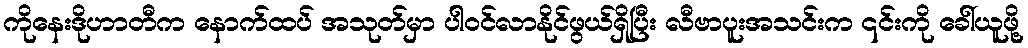
ကိုနေးဒိုဟာတီက နောက်ထပ် အသုတ်မှာ ပါဝင်လာနိုင်ဖွယ်ရှိပြီး လီဗာပူးအသင်းက ၎င်းကို ခေါ်ယူဖို့